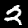
Digit: 2